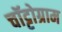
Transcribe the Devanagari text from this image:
चॉट्टोग्राम